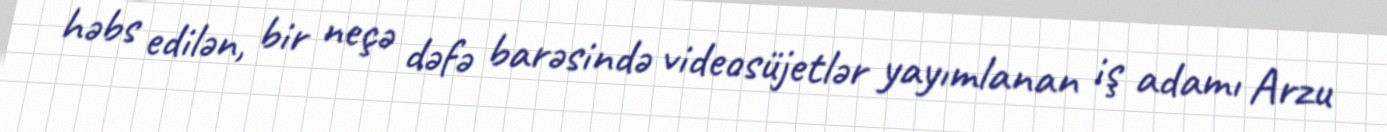
həbs edilən, bir neçə dəfə barəsində videosüjetlər yayımlanan iş adamı Arzu